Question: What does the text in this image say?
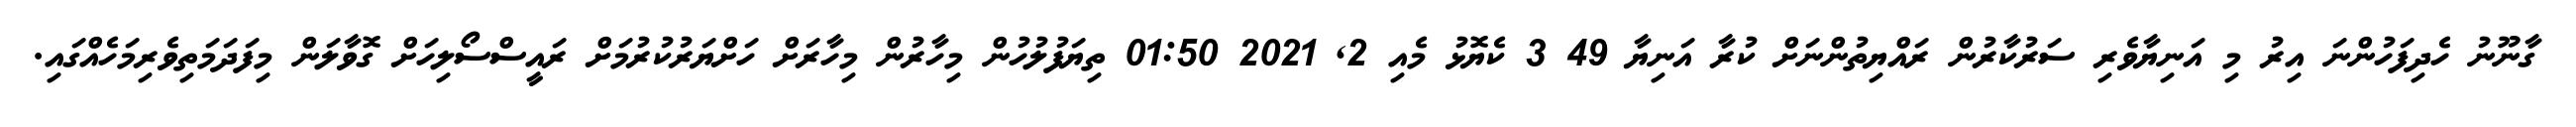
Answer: ގާނޫނު ހެދިފަހުންނަ އިރު މި އަނިޔާވެރި ސަރުކާރުން ރައްޔިތުންނަށް ކުރާ އަނިޔާ 49 3 ކެޔޮޅު މެއި 2, 2021 01:50 ތިޔަފުލުހުން މިހާރުން މިހާރަށް ހަށްޔަރުކުރުމަށް ރައީސްސޯލިހަށް ގޮވާލަން މިފަދަމަތިވެރިމަހެއްގައި.